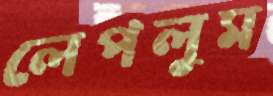
লেপলুম